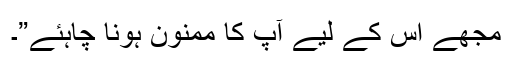
مجھے اس کے لیے آپ کا ممنون ہونا چاہئے”۔